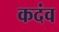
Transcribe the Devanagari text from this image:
कदंव